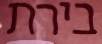
בירת